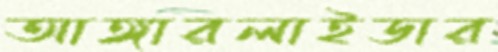
আঙ্গারলাইডার